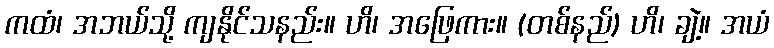
ကထံ၊ အဘယ်သို့ ကျနိုင်သနည်း။ ဟိ၊ အဖြေကား။ (တစ်နည်) ဟိ၊ ချဲ့။ အယံ